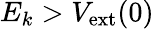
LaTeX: E_{k}>V_{\mathrm{ext}}(0)